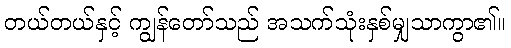
တယ်တယ်နှင့် ကျွန်တော်သည် အသက်သုံးနှစ်မျှသာကွာ၏။